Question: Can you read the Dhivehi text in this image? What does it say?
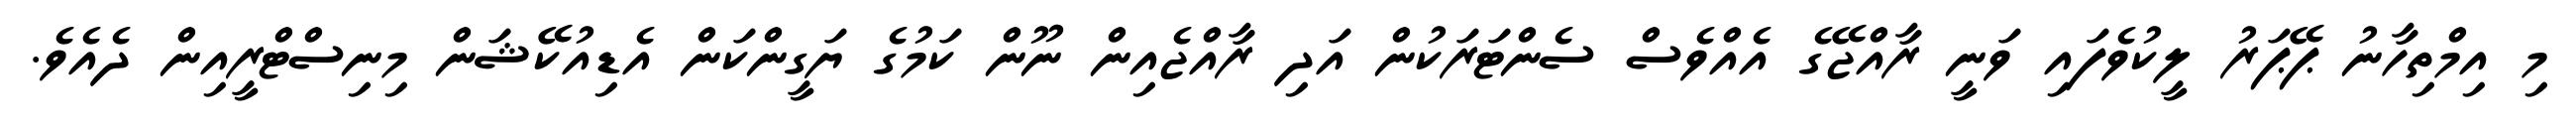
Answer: މި އިމްތިހާނު ޕޭޕަރު ލީކުވެފައި ވަނީ ރާއްޖޭގެ އެއްވެސް ސެންޓަރަކުން އަދި ރާއްޖެއިން ނޫން ކަމުގެ ޔަގީންކަން އެޑިއުކޭޝަން މިނިސްޓްރީއިން ދެއެވެ.